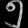
Digit: ၅